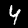
Label: 4